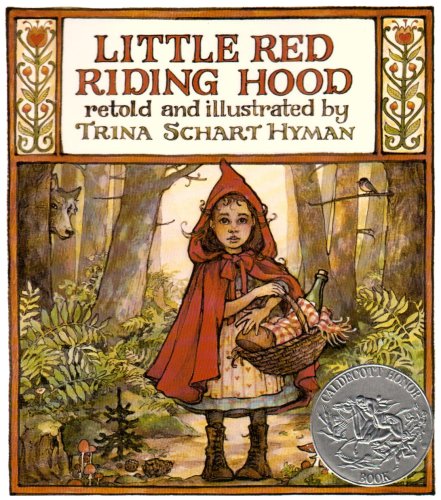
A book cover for Little Red Riding Hood; Trina Schart Hyman; Children's Books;